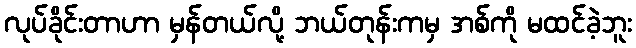
လုပ်ခိုင်းတာဟာ မှန်တယ်လို့ ဘယ်တုန်းကမှ အစ်ကို မထင်ခဲ့ဘူး